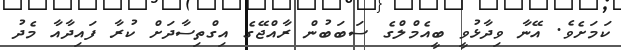
ކަމަށެވެ. އޭނާ ވިދާޅުވީ ބީއެމްލްގެ ސަބަބުން ރާއްޖޭގެ އިގްތިސާދަށް ކުރާ ފައިދާއާ މެދު